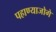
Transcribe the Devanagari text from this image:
पहाण्याजोगे